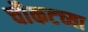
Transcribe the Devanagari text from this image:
चौकटच्या